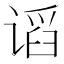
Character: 𰵽